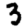
Digit: 3